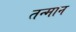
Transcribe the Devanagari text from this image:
तन्मान